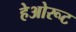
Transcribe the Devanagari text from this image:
हेओरूट